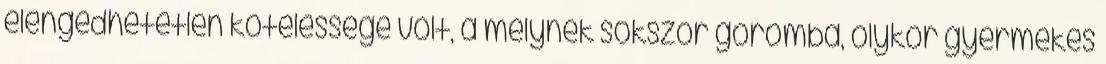
elengedhetetlen kötelessége volt, a melynek sokszor goromba, olykor gyermekes